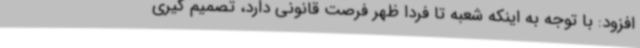
افزود: با توجه به اینکه شعبه تا فردا ظهر فرصت قانونی دارد، تصمیم گیری